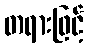
တရားဖြင့်